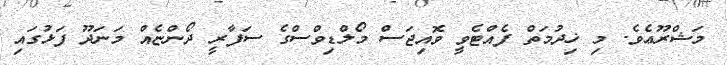
މަޝްރޫޢެވެ. މި ޚިދުމަތް ފެއްޓެވީ ވޮއިޖަސް މޯލްޑިވްސްގެ ސަފާރީ ދޯންޏެއް މަނަދޫ ފަޅުގައި